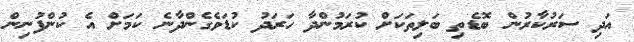
އަދި ސަރުކާރުން ބޮޑެތި ބަލިތަކަށް ކުރަމުންދާ ހަރަދު ކުޑަވެގެންދާނެ ކަމަށް އެ ކުންފުނިން